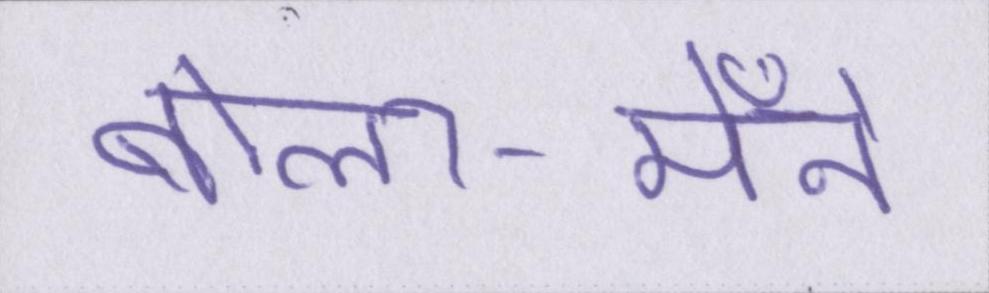
बोला-मैँने